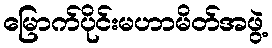
မြောက်ပိုင်းမဟာမိတ်အဖွဲ့